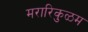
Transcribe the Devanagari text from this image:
मरारिकुळम